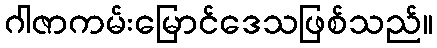
ဂါဇာကမ်းမြောင်ဒေသဖြစ်သည်။